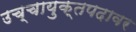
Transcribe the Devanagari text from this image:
उच्चायुक्तपदावर